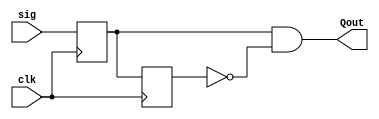
module edge_detector(input clk,
                     input sig,
                     output Qout);

        reg Q,Q_delayed;

        always@(posedge clk)
            begin
                Q <= sig;
                Q_delayed <= Q;
            end

        assign Qout = Q & (~Q_delayed);
endmodule